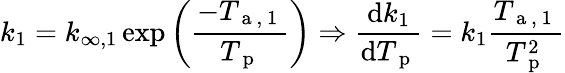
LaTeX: k_{1}=k_{\infty,1}\exp\bigg(\frac{-T_{\mathrm{~a~,~1~}}}{T_{\mathrm{~p~}}}\bigg)\Rightarrow\frac{\mathrm{d}k_{1}}{\mathrm{d}T_{\mathrm{~p~}}}=k_{1}\frac{T_{\mathrm{~a~,~1~}}}{T_{\mathrm{~p~}}^{2}}